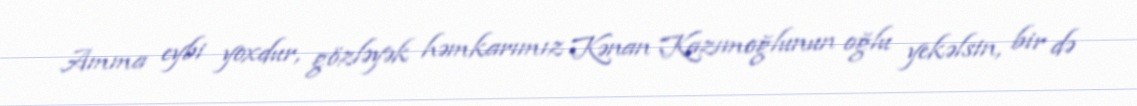
Amma eybi yoxdur, gözləyək həmkarımız Kənan Kazımoğlunun oğlu yekəlsin, bir də